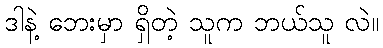
ဒါနဲ့ ဘေးမှာ ရှိတဲ့ သူက ဘယ်သူ လဲ။